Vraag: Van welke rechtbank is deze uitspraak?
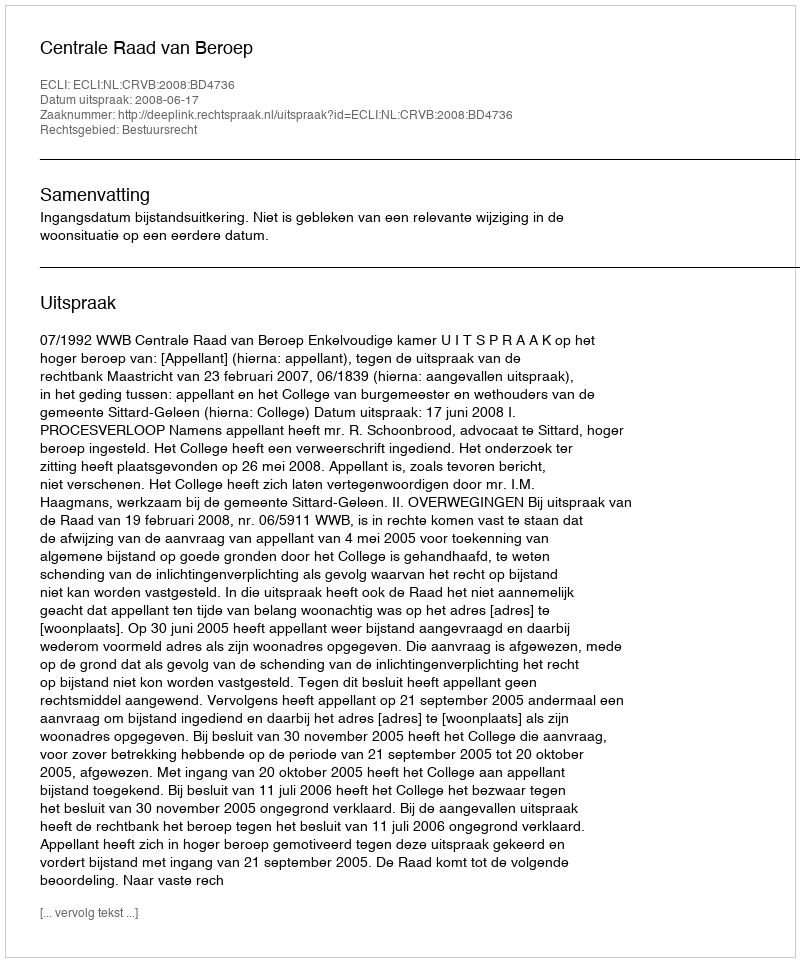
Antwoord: Centrale Raad van Beroep